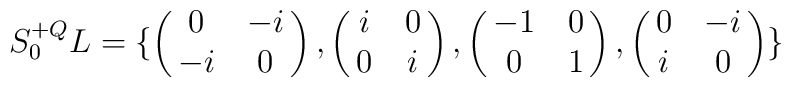
S^{+Q}_0 L = \{\pmatrix{0 & -i \cr -i& 0},\pmatrix{i & 0\cr 0& i},\pmatrix{-1 & 0\cr 0& 1},\pmatrix{0 & -i \cr i& 0} \}